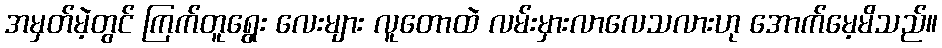
အမှတ်မဲ့တွင် ကြက်တူရွေး လေးများ လူတောထဲ လမ်းမှားလာလေသလားဟု အောက်မေ့မိသည်။